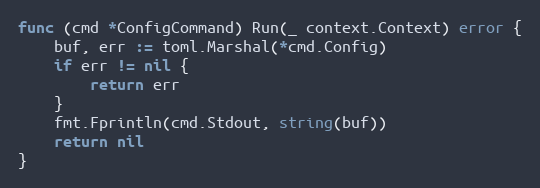
Language: Go
func (cmd *ConfigCommand) Run(_ context.Context) error {
	buf, err := toml.Marshal(*cmd.Config)
	if err != nil {
		return err
	}
	fmt.Fprintln(cmd.Stdout, string(buf))
	return nil
}